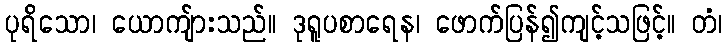
ပုရိသော၊ ယောကျ်ားသည်။ ဒုရူပစာရေန၊ ဖောက်ပြန်၍ကျင့်သဖြင့်။ တံ၊